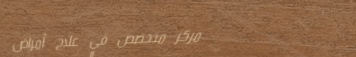
مركز متخصص في علاج أمراض